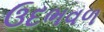
ઉદભવળ